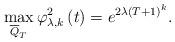
LaTeX: \begin{align*}\max_{\overline{Q}_{T}}\varphi _{\lambda ,k}^{2}\left( t\right) =e^{2\lambda\left( T+1\right) ^{k}}. \end{align*}